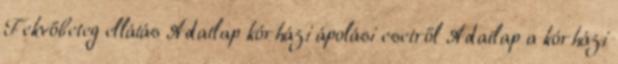
Fekvőbeteg ellátás Adatlap kórházi ápolási esetről Adatlap a kórházi